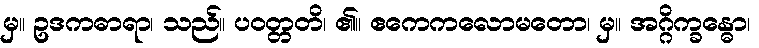
မှ။ ဥဒကဓာရာ၊ သည်။ ပဝတ္တတိ၊ ၏။ ဧကေကလောမတော၊ မှ။ အဂ္ဂိက္ခန္ဓော၊